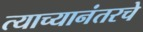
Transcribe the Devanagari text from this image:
त्याच्यानंतरचे